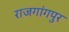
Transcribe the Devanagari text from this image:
राजगांगपुर